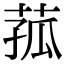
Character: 菰